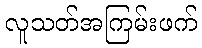
လူသတ်အကြမ်းဖက်